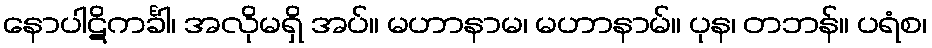
နောပါဋိကင်္ခါ၊ အလိုမရှိ အပ်။ မဟာနာမ၊ မဟာနာမ်။ ပုန၊ တဘန်။ ပရံစ၊